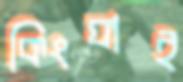
কিংঘাই